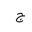
Letter: _gim